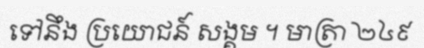
ទៅនឹង ប្រយោជន៍ សង្គម ។ មាត្រា ២៤៩